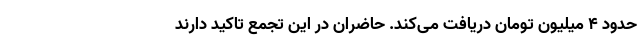
حدود ۴ میلیون تومان دریافت می‌کند. حاضران در این تجمع تاکید دارند